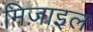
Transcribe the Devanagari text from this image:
मिज़ाइल